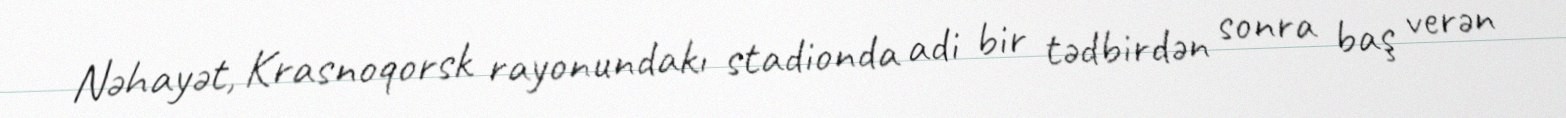
Nəhayət, Krasnoqorsk rayonundakı stadionda adi bir tədbirdən sonra baş verən